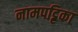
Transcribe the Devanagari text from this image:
नामपट्टिका